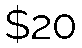
$20